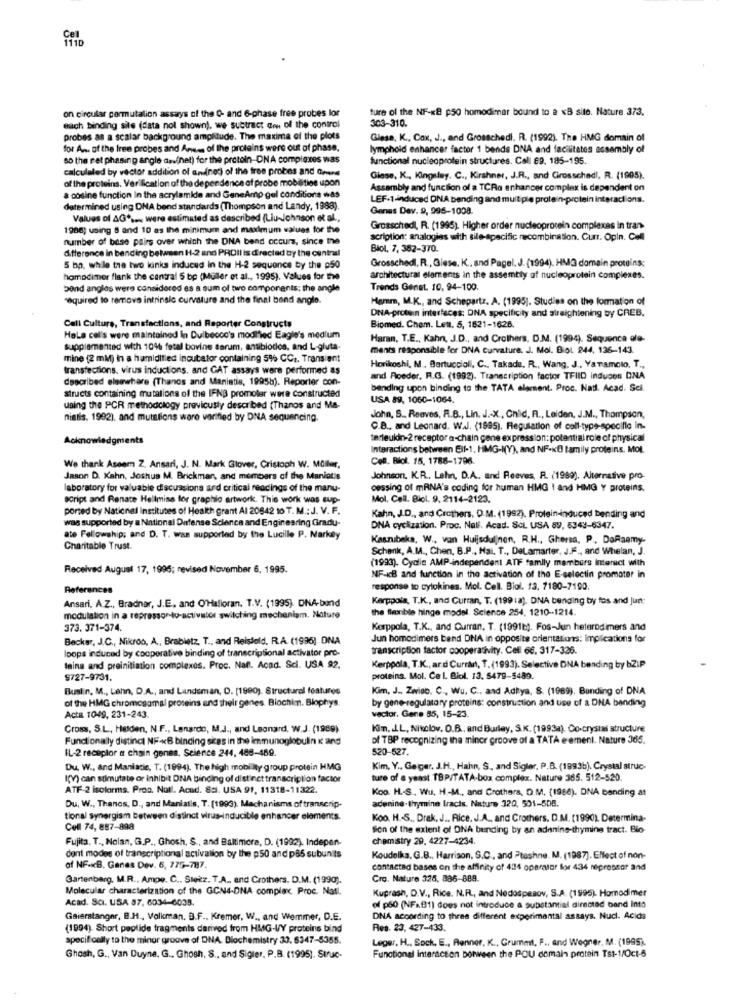
on circular permutation assays of the O- and 6-phase free probes lor
ture of the NF-KB p50 homodimar bound to a «B site. Nature 373.
303-310.
each binding site (data not shown), we subtract con of the control
probes as a scalar background amplitude. The maxima of the plots
Giese, K ., Cox, J ., and Grosschedi. R. (1992). The HMG domain of
for An. of the free probes and Areas of the proteins were out of phase,
lymphoid enhancer factor 1 bends DNA and facilitates assembly of
so the ret phasing angle as.(nel) for the protein-DNA complexes was
functional nucleoprotein structures. Call 69, 185-195.
calculaled by vector addition of andned) of the free probes and Genere
of the proteins. Verification of the dependence af probe mobilities upon
Giose, K ., Kingsley. C ., Kirshner, J.R ., and Grosschadi, R. (1995).
Assembly and function of a TCRo enhancer complex is dependent on
a costine function In the acrylamide and GeneAmp gel conditions was
LEF-1-induced DNA bending and multiple protein-protein interactions.
determined using ONA bend standards (Thompson and Landy, 1988).
Ganas Dev. 9, 995-1008.
Values of AG .. were estimated as described (LiusJohnson et al .,
1986) using 5 and 10 as the minimum and maximum values for the
Grosschedl, R. (1995). Higher order nucleoprotein complexes In tran.
number of base pairs over which the DNA band occurs, since the
scription: analogies with sile-specific recombination. Curr. Opin. Cell
difference in bending between H-2 and PROIl is directed by the central
Biol, 7, 382-370.
Grosschedl, R ., Giese, K .. and Pagel. J. (1994). HMG domain proteins:
5 bp. while the two kinks induced in the H-2 sequence by the p50
homodimer flank the central 5 bp (Muller et al ., 1995). Values for the
architectural elements in the assembly of nucleoprotein complexes.
bond angles were considered es a sum of two components: the angle
Trends Genet. 10. 94-100.
required to remove intrinsic curvature and the final bend anglo.
Hamm, M.K ., and Scheparts, A. (1995). Studies on the formation of
DNA-protin interfaces: DNA specificity and straightening by CREB.
Cell Culture, Transfactions, and Reporter Constructs
Biomed. Chem. Lett. 5, 1621-1626.
HaLa cal's were maintained in Dulbecco's modified Eagle's medium
Haran, T.E ., Kahn, J.D ., and Crothers, D.M. (1994). Sequence ole-
supplemented with 10% fetal bovine serum, antibiotics, and L-gluta-
ments responsible for DNA Curvature. J. Mol. BOL 244. 136-143.
mine (2 mM) in a hamidified incubator containing 5% CC .. Transient
transfections, virus inductions, and CAT assays were performed as
Horikoshi, M . Bertuccioli, C ., Takade, R ., Wang, J ., Yanamolo, T .,
described elsewhere (Thanos and Maniatis, 19958). Reporter con-
and Roeder. R.G. (1992). Transcription factor TFIID induces DNA
bending upon binding to the TATA element. Proc. Natl. Acad. Sci.
structs containing mutations of the IFNB promoter were constructed
USA 89, 1060-1064.
using the PCR methodology previously described (Thanos and Ma-
nistis, 1992), and muttttions wore verified by DNA sequencing.
John, S .. Reeves, A.B ., Lin. J .- X , Chid, A ., Leiden, J.M ., Thompson,
C.B ., and Leonard. W.J. (1995). Regulation of call-type-specific in.
Acknowledgments
terleukin-2 receptor a-chain gene expression: potential role of physical
Interactions between Eil-1, HIMG-N(Y), and NF-KB family proteins. MOL.
Con. Biol. 15, 1788-1796.
We thank Aseem Z. Ansari, J. N. Mark Glover, Cristoph W. Müller,
Jason D. Kahn, Joshus M. Brickmar, and members of the Maniatis
Johnson, K.R ., Lehn, D.A ., and Reeves, R. (1999). Alternative pro-
laboratory for valuable discussions and critical readings of the manu-
cessing of mRNA's coding for human HMG 1 and HMG Y proteins.
script and Renate Hellmiss for graphic artwork. This work was sup-
Mol, Cell. Biol. 9. 2114-2123.
ported by National Institutes of Health grant AI 20642 10 T.M .: J. V. F.
was supported by a National Defense Science and Engineering Gradu-
Kahn, J.D ., and Crothers, D.M. (1992). Protein-induced bending and
DNA cyclization. Proc. Nat. Acad. SCL USA 89, 6343-6347.
ate Fellowship; and D. T. was supported by the Lucille P. Markey
Kaszubeks, W ., van Huijsdulinen, R.H ., Ghersa, P, DeRaemy-
Charitable Trust.
Schenk, A.M ., Chen, B.P ., Hai. T ., DeLamarter, J.F ., and Whelan, J.
(1993). Cydie AMP-independent ATF family members interact with
Received August 17, 1995; revised November 6, 1995.
NF-KB and function in the activation of the E-selectin promoter in
References
response to cytokines. Mol. Cell. Biol. 13. 7180-7190.
Ansari, A.Z ., Bradner, J.E ., and O'Halloran, T.V. (1995). DNA-band
Kerppola, T.K ., and Curran, T. (199 : a). DNA bending by fos and Jun:
the flexible hinge model. Science 254, 1210 -- 1214.
modulation in a repressor-to-activator switching mechaniam. Nature
373. 371-374.
Kerppola, T.K ., and Curran, T. (19916). Fos-Jun heterodimers and
Becker, J.C ., Nikroo, A ., Brabietz, T ., and Reisfeld, R.A. (1996), DNA
Jun homodimers bend DNA in opposite orientations: implications for
loops induced by cooperative binding of transcriptional activator pro-
transcription factor cooperativity. Cefil 66. 317-326.
taina and preinitiation complexes. Proc. Naf. Acad. Sci. USA 92.
Kerppola, T.K ., ar.d Currant, T. (1993). Selective DNA bending by bZIP
9727-9731.
proteins. Mol. Ce L Biol. 13. 5479-5489.
Bustin, M ., Lehn, D.A ., and Landsman, D. (1990). Structural features
Kim, J .. Zwieb. C ., Wu. C ., and Adtya, S. (1989). Bonding of DNA
of the HMG chromosomal proteins and their genes. Biochim. Biophys
by gene-regulatory proteins: construction and use of a DNA bending
Acta 1049, 231-243.
vector. Gene 85, 15-23
Cross, S.L ., Helden, N.F ., Lenardo, M.J ., and Leonard. W.J. (1989).
Kim. . L.L, Nikolov. O.B ., and Burley, S.K. (1993a). Co-crystal structure
Fundionally distinct NF-+B binding sites in the immunoglobulin k and
of TBP recognizing the minor groove of a TATA e ement. Nature 365.
IL-2 receplor a chain genes, Science 244, 486-489.
520-527.
Du. W ., and Maniadie, T. (1994). The high mobility group protein HMG
Kim, Y ., Geiger, J.H ., Hahn, S. and Sigler, P.B. (1993b). Crystal struc-
I(V) can stimulate or inhibit DNA binding of distinct transcription factor
ture of a yeast TBP/TATA-box complex. Nature 365. 512-520.
ATF-2 isoforms. Proa. Natl. Acad. 8si. USA 91, 11318-11322.
Koo. H .. S ., Wu, H .- M ., and Crothers, D.M. (1988). DNA bending at
Du, W ., Thenos, D ., and Maniatis, T. (1993). Mechanisms of transcrip-
adenine-thymine Iracis. Nature 320, 501-5DB.
tional synergism between distinct virus-inducible enhancer elements.
Koo. H.S ., Drak. J ., Rice. J.A ., and Crothers, D.M. (1990) Determina-
Coll 74, 887-898
Sion of the extent of DNA bending by an adenine-thymine tract. Bio
Fujita. T ., Nolan, G.P ., Ghosh, S ., and Baltimore, D. (1992). Indepen-
chemistry 29, 4227-4234.
dont modes of transcriptional activation by the p50 and p85 subunits
Koudelka, G.B ., Harrison, S.C ., and Ptashne. M. (1987]. Effect of non-
of NF-KB. Ganas Dev. 6, 775-787.
contacted bases on the affinity of 424 operator for 434 repressor and
Gartenberg. M.R ., Ampe, C .. Stekz. T.A ., and Crothers. D.M. (1990).
Cro. Nature 325, 886-889.
Molecular characterization of the GCN4-DNA complex. Proc. Natl.
Kuprash, D.V ., Rice. N.R ., and Nodospesov, S.A. (1995). Homodimer
Acad. Sci. USA 37. 6034-6035.
of p50 (NF.81) does not introduce a substantial directed band Into
Gaierstanger, B.H ., Volkman. B.F ., Kremer, W ., and Wemmer, D.E.
DNA according to three different experimental assays. Nucl. Acida
(1994). Short peptide fragments derived from HMG-I/Y proteins bind
Res. 23, 427-433.
specifically to the minor groove of DNA. Biochemistry 33, 5347-5355.
Leger, H ., Sock, E ., Renner, K ., Grummt, F ., and Wegner. M. (1995).
Ghosh, G ., Van Duyne. G ., Ghosh. S ., and Sigler, P.B. (1995). Struc-
Functional interaction between the POU domain protein Tst-1/Oct-5